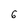
Character: 6